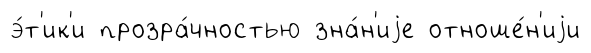
э́т'ик'и прозра́чностью зна́н'иjе отноше́н'иjи